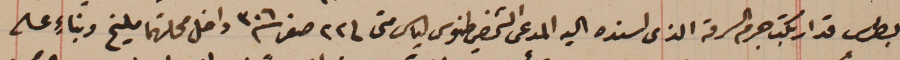
بطرس قد ارتكب جرم السرقه الذى اسنده اليه المدعى الشخصي طنوس لياس متى فى ٢٢ صفر سنة ٣٠٦ داخل محلتهما مليخ وبناءٍ على